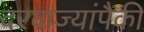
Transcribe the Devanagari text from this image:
दरवाज्यांपैकी